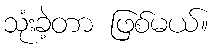
သုံးခဲ့တာ ဖြစ်မယ်။